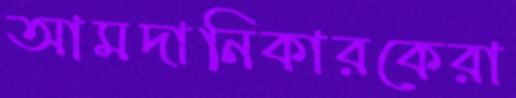
আমদানিকারকেরা